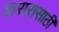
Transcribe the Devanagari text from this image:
करारासाठी